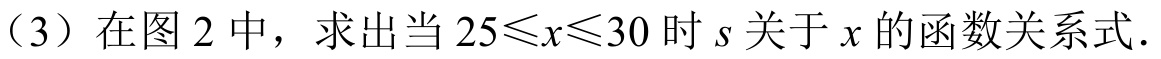
（3）在图2中，求出当\(25\leqslant x\leqslant30\)时\(s\)关于\(x\)的函数关系式.